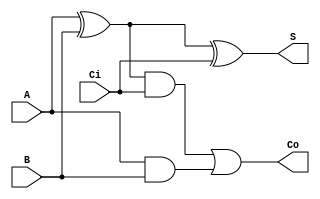
module full_adder(A, B, Ci, S, Co);
  input A, B, Ci;
  output S, Co;
  wire w1,w2,w3;

  xor H1(w1, A, B);
  xor H2(S, w1, Ci);
  and H3(w2, w1, Ci);
  and H4(w3, A, B);
  or H5(Co, w2, w3);
endmodule
	
module RIPPLE_ADDER(A, B,Cin, S, Co);
 input [3:0] A, B;
 input Cin; 
 output [3:0] S;
 output Co;
 wire w1, w2, w3;
 
 full_adder u1(A[0], B[0], Cin,S[0], w1);
 full_adder u2(A[1], B[1], w1, S[1], w2);
 full_adder u3(A[2], B[2], w2, S[2], w3);
 full_adder u4(A[3], B[3], w3, S[3], Co);
endmodule

module part3(A, B, Function, ALUout);
	input [3:0] A, B;
	input [2:0]Function;
	output reg [7:0]ALUout;
	wire [3:0] w1;
	wire w2;
	RIPPLE_ADDER adder(.A(A), .B(B), .Cin(1'b0), .S(w1[3:0]), .Co(w2));
	always @(*)
	begin
		case(Function[2:0])
			3'b000: begin
				ALUout[3:0]=w1[3:0];
				ALUout[4] = w2;
				ALUout[7:5] = 1'b0;
			end
			3'b001: ALUout = A+B;
			3'b010: ALUout[7:0] = { {4{B[3]}}, B[3:0] };
			3'b011: begin
				ALUout[7:1] = 1'b0;
				ALUout[0] = |{A, B};
			end
			3'b100: begin
				ALUout[7:1] = 1'b0;
				ALUout[0] = &{A, B};
			end
				
			3'b101: ALUout[7:0] = {A, B};
			default: ALUout[7:0]=1'b0;
		endcase
	end
endmodule